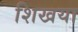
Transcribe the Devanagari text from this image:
शिखया